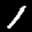
Label: 1